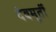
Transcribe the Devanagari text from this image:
देवमूर्ती